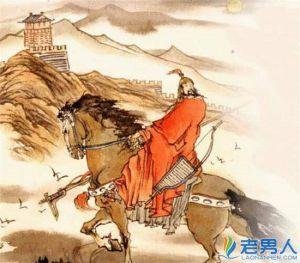
白马谁家子，黄龙边塞儿。